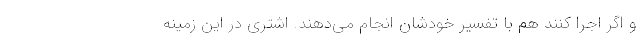
و اگر اجرا کنند هم با تفسیر خودشان انجام می‌دهند. اشتری در این زمینه